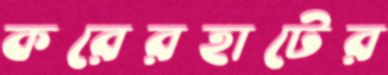
করেরহাটের